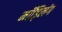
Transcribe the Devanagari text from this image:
मॉड्लिंग